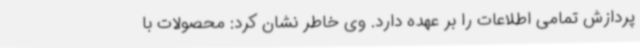
پردازش تمامی اطلاعات را بر عهده دارد. وی خاطر نشان کرد: محصولات با